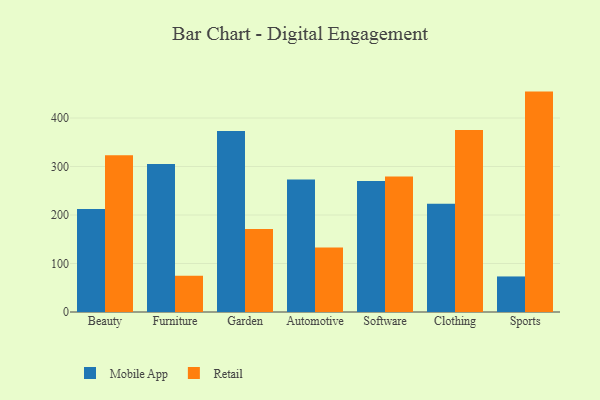
{"axis": {"x": "Category", "y": "Gross Profit (USD K)"}, "legend": ["Mobile App", "Retail"], "data": [{"x": "Beauty", "y": 212.5, "type": "Mobile App"}, {"x": "Beauty", "y": 323.1, "type": "Retail"}, {"x": "Furniture", "y": 305.3, "type": "Mobile App"}, {"x": "Furniture", "y": 74.6, "type": "Retail"}, {"x": "Garden", "y": 373.3, "type": "Mobile App"}, {"x": "Garden", "y": 171.1, "type": "Retail"}, {"x": "Automotive", "y": 273.3, "type": "Mobile App"}, {"x": "Automotive", "y": 133.1, "type": "Retail"}, {"x": "Software", "y": 269.9, "type": "Mobile App"}, {"x": "Software", "y": 279.2, "type": "Retail"}, {"x": "Clothing", "y": 223.4, "type": "Mobile App"}, {"x": "Clothing", "y": 375.0, "type": "Retail"}, {"x": "Sports", "y": 73.3, "type": "Mobile App"}, {"x": "Sports", "y": 454.4, "type": "Retail"}]}